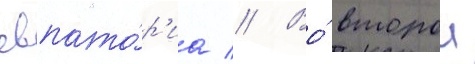
евпато́р'иа // Во́ второи